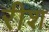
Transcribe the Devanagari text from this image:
रीश